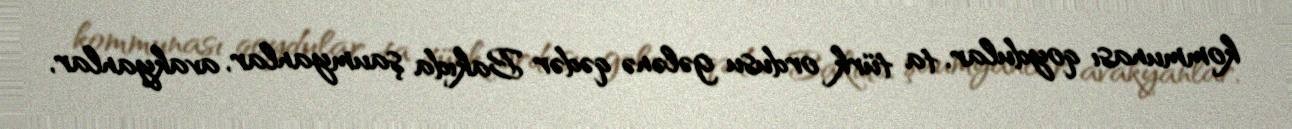
kommunası qoydular, ta türk ordusu gələnə qədər Bakıda şaumyanlar, avakyanlar,